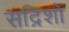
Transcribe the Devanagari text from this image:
सद्रिशों